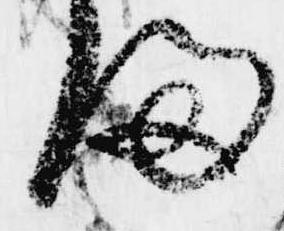
ま